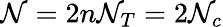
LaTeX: \mathcal{N}=2n\mathcal{N}_{T}=2\mathcal{N}_{c}